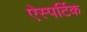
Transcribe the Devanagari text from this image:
ऐस्पर्टिक